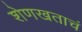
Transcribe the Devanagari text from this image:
शेणखताचं